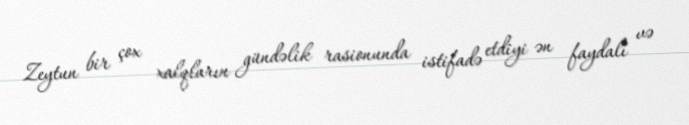
Zeytun bir çox xalqların gündəlik rasionunda istifadə etdiyi ən faydalı və